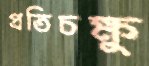
প্রতিচক্ষু